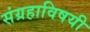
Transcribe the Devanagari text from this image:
संग्रहाविषयी